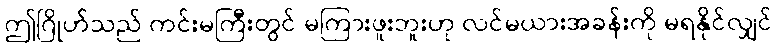
ဤဂြိုဟ်သည် ကင်းမကြီးတွင် မကြားဖူးဘူးဟု လင်မယားအခန်းကို မရနိုင်လျှင်